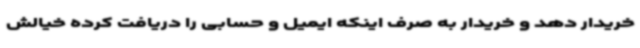
خریدار دهد و خریدار به صرف اینکه ایمیل و حسابی را دریافت کرده خیالش